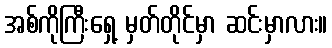
အစ်ကိုကြီးရှေ့ မှတ်တိုင်မှာ ဆင်းမှာလား။